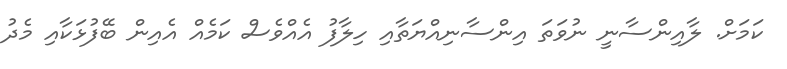
ކަމަށް. ލާއިންސާނީ ނުވަތަ އިންސާނިއްޔަތާއި ހިލާފު އެއްވެސް ކަމެއް އެއިން ބޭފުޅަކާއި މެދު